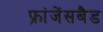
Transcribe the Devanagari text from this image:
फ्रांजेंसबैड